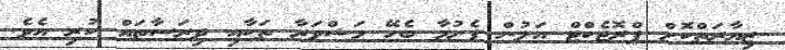
ޒިޔާރަތްކޮށް ޕްރޮޖެކްޓް އަލުން ފެށުމާ ބެހޭ މަޝްވަރާ ތަކާއި ދިރަސާތައް ކުރި އެވެ.